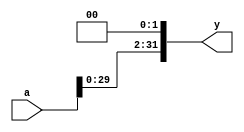
`timescale 1ns / 1ps
//////////////////////////////////////////////////////////////////////////////////
// Company: 
// Engineer: 
// 
// Design Name: 
// Module Name: sl2
// Project Name: 
// Target Devices: 
// Tool Versions: 
// Description: 
// 
// Dependencies: 
// 
// Revision:
// Revision 0.01 - File Created
// Additional Comments:
// 
//////////////////////////////////////////////////////////////////////////////////


module sl2(
    input [31:0] a,
    output [31:0] y
    );
    //shift left by 2
    assign y = {a[29:0], 2'b00};
endmodule